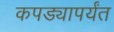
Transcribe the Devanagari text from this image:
कपड्यापर्यंत